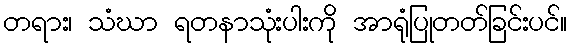
တရား၊ သံဃာ ရတနာသုံးပါးကို အာရုံပြုတတ်ခြင်းပင်။